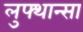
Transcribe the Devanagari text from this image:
लुफ्थान्सा